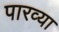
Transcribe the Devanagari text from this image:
पारव्या